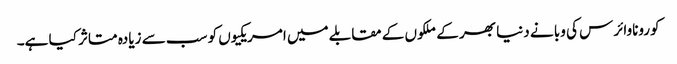
کوروناوائرس کی وبا نے دنیا بھر کے ملکوں کے مقابلے میں امریکیوں کو سب سے زیادہ متاثر کیا ہے۔